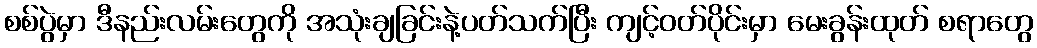
စစ်ပွဲမှာ ဒီနည်းလမ်းတွေကို အသုံးချခြင်းနဲ့ပတ်သက်ပြီး ကျင့်ဝတ်ပိုင်းမှာ မေးခွန်းထုတ် စရာတွေ